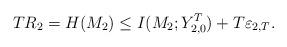
LaTeX: \begin{align*} T R_2 = H(M_2) \leq I(M_2; Y_{2, 0}^T) + T \varepsilon_{2, T}.\end{align*}